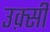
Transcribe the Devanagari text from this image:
उक़्सी